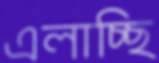
এলাচ্ছি